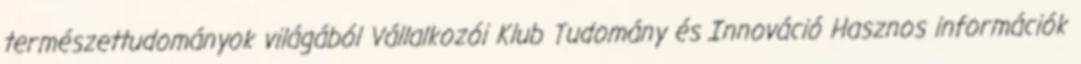
természettudományok világából Vállalkozói Klub Tudomány és Innováció Hasznos információk